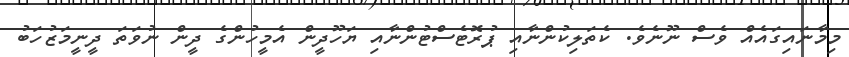
މިމާނައިގައެއް ވެސް ނޫނެވެ. ކެތަލިކުންނާއި ޕުރޮޓެސްޓުންނާއި ޔަހޫދީން އެމީހުންގެ ދީން ނުވަތަ ދީނީމަޒުހަބު